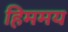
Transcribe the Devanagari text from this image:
हिममय